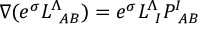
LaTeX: \nabla ( e ^ { \sigma } L _ { \ A B } ^ { \Lambda } ) = e ^ { \sigma } L _ { \ I } ^ { \Lambda } P _ { \ A B } ^ { I }